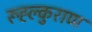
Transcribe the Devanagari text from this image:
रूह्ल्कुराण